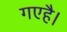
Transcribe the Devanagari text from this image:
गएहै।